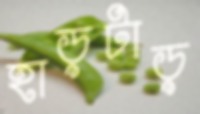
হাড়টাড়